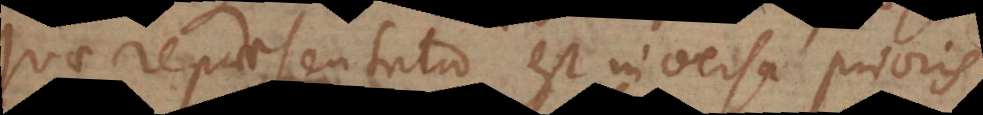
quae repraesentatio est inversa prioris.